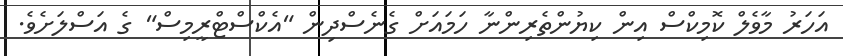
އަހަރު މާވެލް ކޮމިކްސް އިން ކިޔުންތެރިންނާ ހަމައަށް ގެނެސްދިން "އެކްސްޓްރީމިސް" ގެ އަސްލަށެވެ.